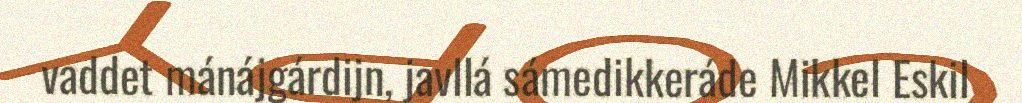
vaddet mánájgárdijn, javllá sámedikkeráde Mikkel Eskil